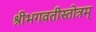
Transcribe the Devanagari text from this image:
श्रीभगवतीस्तोत्रम्